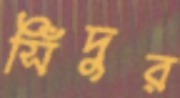
সিঁদুর